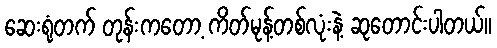
ဆေးရုံတက် တုန်းကတော့ ကိတ်မုန့်တစ်လုံးနဲ့ ဆုတောင်းပါတယ်။